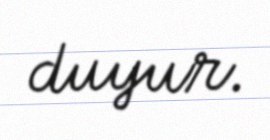
duyur.